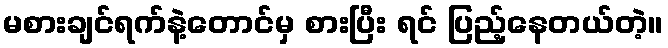
မစားချင်ရက်နဲ့တောင်မှ စားပြီး ရင် ပြည့်နေတယ်တဲ့။